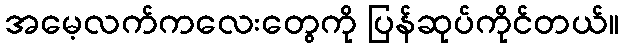
အမေ့လက်ကလေးတွေကို ပြန်ဆုပ်ကိုင်တယ်။